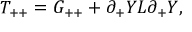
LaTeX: T _ { + + } = G _ { + + } + \partial _ { + } Y L \partial _ { + } Y ,